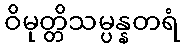
ဝိမုတ္တိသမ္ပန္နတရံ